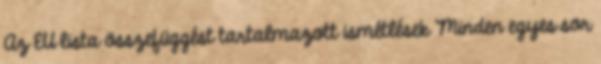
Az EU lista összefüggést tartalmazott ismétlések Minden egyes sor